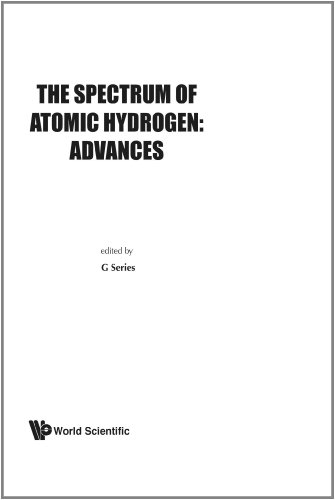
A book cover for Spectrum Of Atomic Hydrogen: Advances, The; G Series; Science & Math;